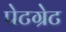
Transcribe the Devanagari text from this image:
पेटग्रेट